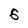
Character: 6